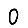
Digit: 0